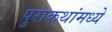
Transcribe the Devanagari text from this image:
पुराकथांमध्ये